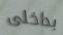
بداخلى